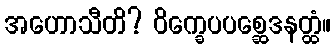
အဟောသီတိ? ဝိက္ခေပပစ္ဆေဒနတ္ထံ။